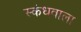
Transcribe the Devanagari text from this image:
स्कंधवाला